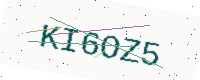
Text: KI6OZ5